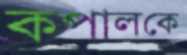
কপালকে